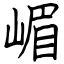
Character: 嵋